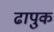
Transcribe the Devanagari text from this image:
ढापुक